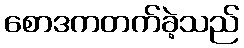
စောဒကတက်ခဲ့သည်